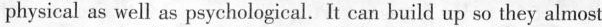
physical as well as psychological. It can build up so they almost